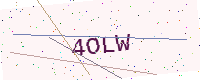
Text: 4OLW